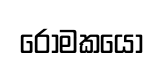
රෝමකයෝ